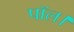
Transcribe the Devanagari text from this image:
पॉल।